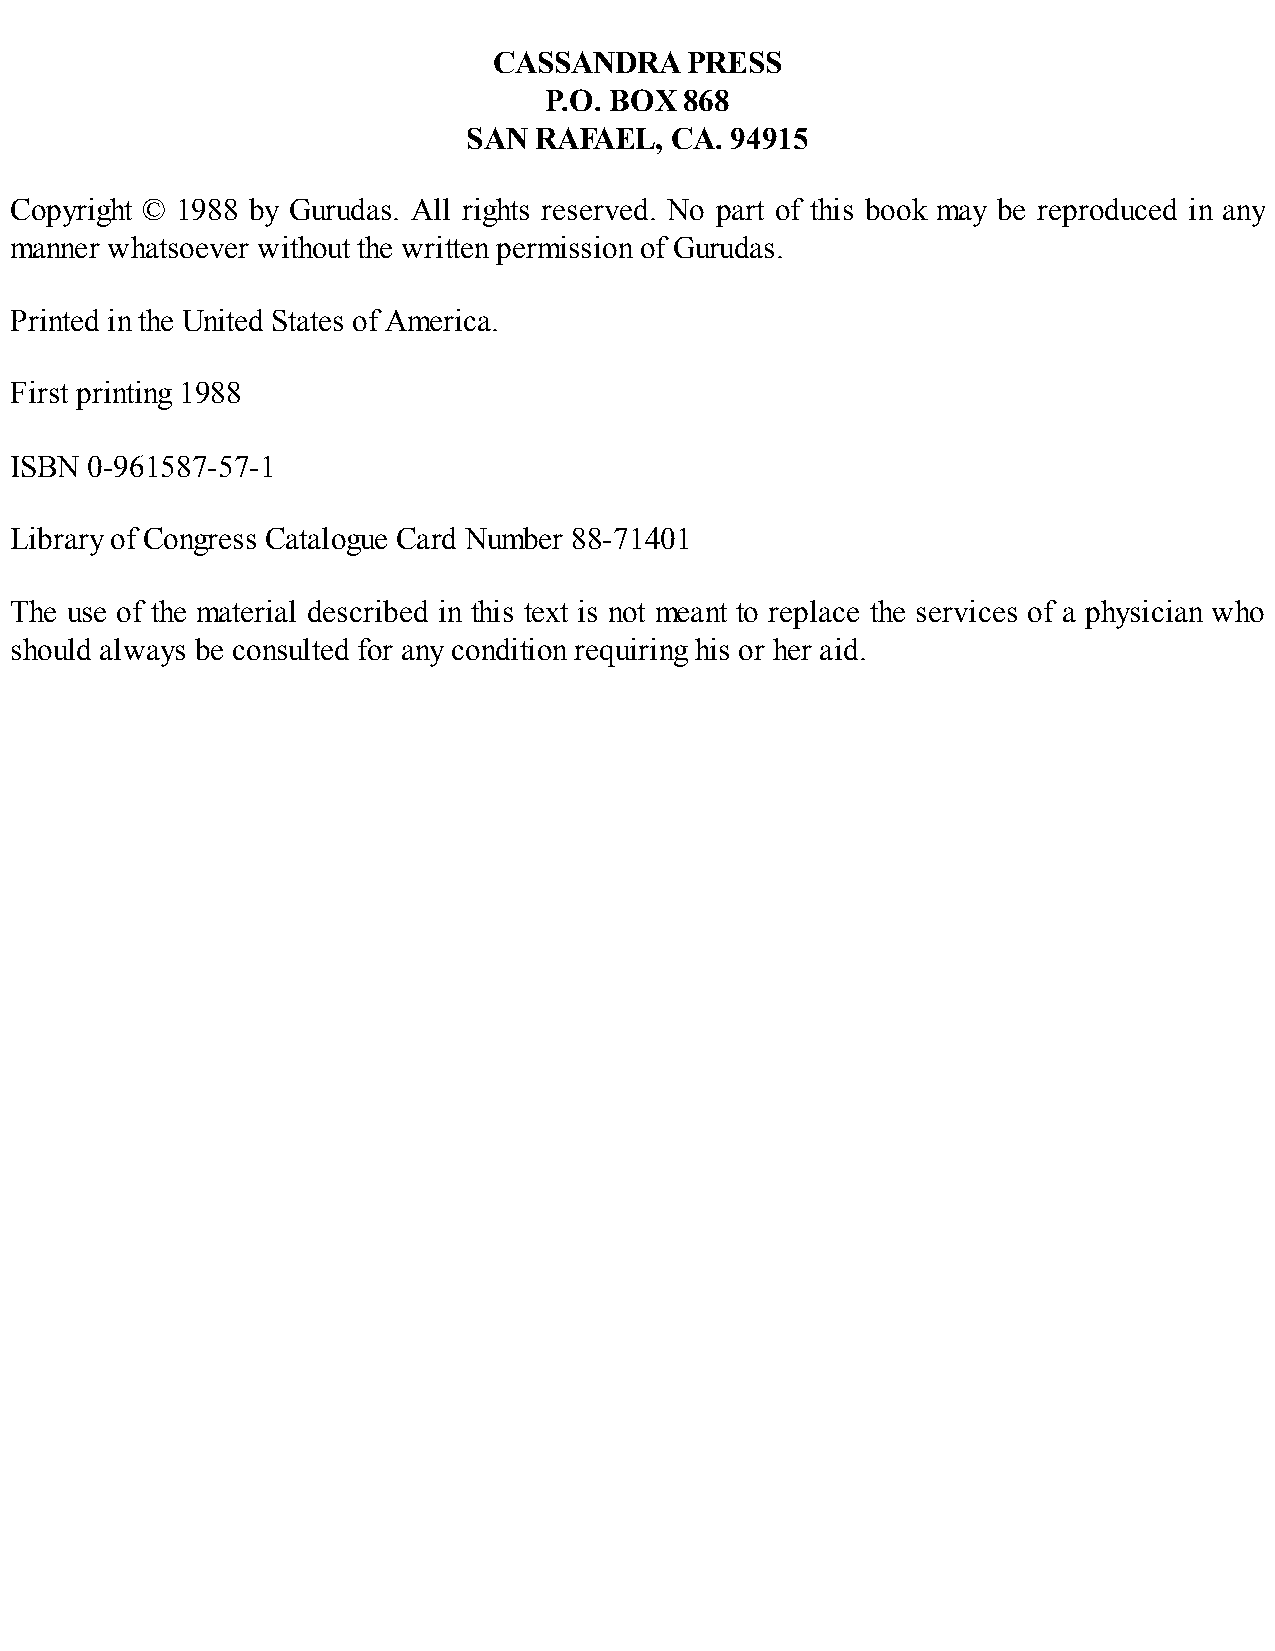
CASSANDRA   PRESS
 P.O. BOX 868
 SAN RAFAEL,  CA. 94915
 Copyright © 1988 by Gurudas. All rights reserved. No part of this book may be reproduced in any
 manner whatsoever without the written permission of Gurudas.
 Printed in the United States of America.
 First printing 1988
 ISBN 0-961587-57-1
 Library of Congress Catalogue Card Number 88-71401
 The use of the material described in this text is not meant to replace the services of a physician who
 should always be consulted for any condition requiring his or her aid.